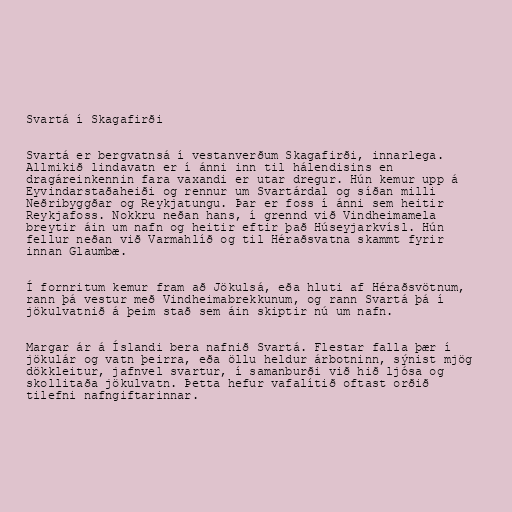
Svartá í Skagafirði

Svartá er bergvatnsá í vestanverðum Skagafirði, innarlega.
Allmikið lindavatn er í ánni inn til hálendisins en
dragáreinkennin fara vaxandi er utar dregur. Hún kemur upp á
Eyvindarstaðaheiði og rennur um Svartárdal og síðan milli
Neðribyggðar og Reykjatungu. Þar er foss í ánni sem heitir
Reykjafoss. Nokkru neðan hans, í grennd við Vindheimamela
breytir áin um nafn og heitir eftir það Húseyjarkvísl. Hún
fellur neðan við Varmahlíð og til Héraðsvatna skammt fyrir
innan Glaumbæ.

Í fornritum kemur fram að Jökulsá, eða hluti af Héraðsvötnum,
rann þá vestur með Vindheimabrekkunum, og rann Svartá þá í
jökulvatnið á þeim stað sem áin skiptir nú um nafn.

Margar ár á Íslandi bera nafnið Svartá. Flestar falla þær í
jökulár og vatn þeirra, eða öllu heldur árbotninn, sýnist mjög
dökkleitur, jafnvel svartur, í samanburði við hið ljósa og
skollitaða jökulvatn. Þetta hefur vafalítið oftast orðið
tilefni nafngiftarinnar.